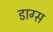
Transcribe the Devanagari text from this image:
डाग्स